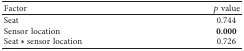
| Factor | p value |
 | --- | --- |
 | Seat | 0.744 |
 | Sensor location | 0.000 |
 | Seat ∗ sensor location | 0.726 |